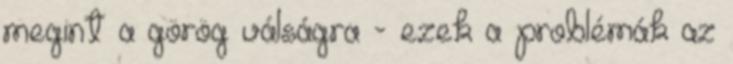
megint a görög válságra - ezek a problémák az